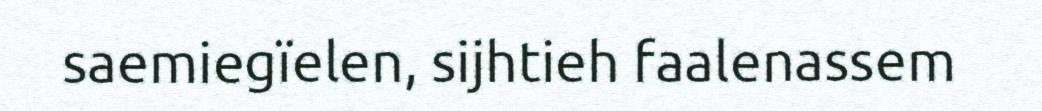
saemiegïelen, sijhtieh faalenassem